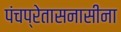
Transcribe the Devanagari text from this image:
पंचप्रेतासनासीना